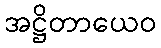
အဋ္ဌိတာယေဝ